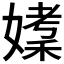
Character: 𪦘